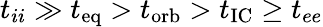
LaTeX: t_{ii}\gg t_{\mathrm{eq}}>t_{\mathrm{orb}}>t_{\mathrm{IC}}\geq t_{ee}